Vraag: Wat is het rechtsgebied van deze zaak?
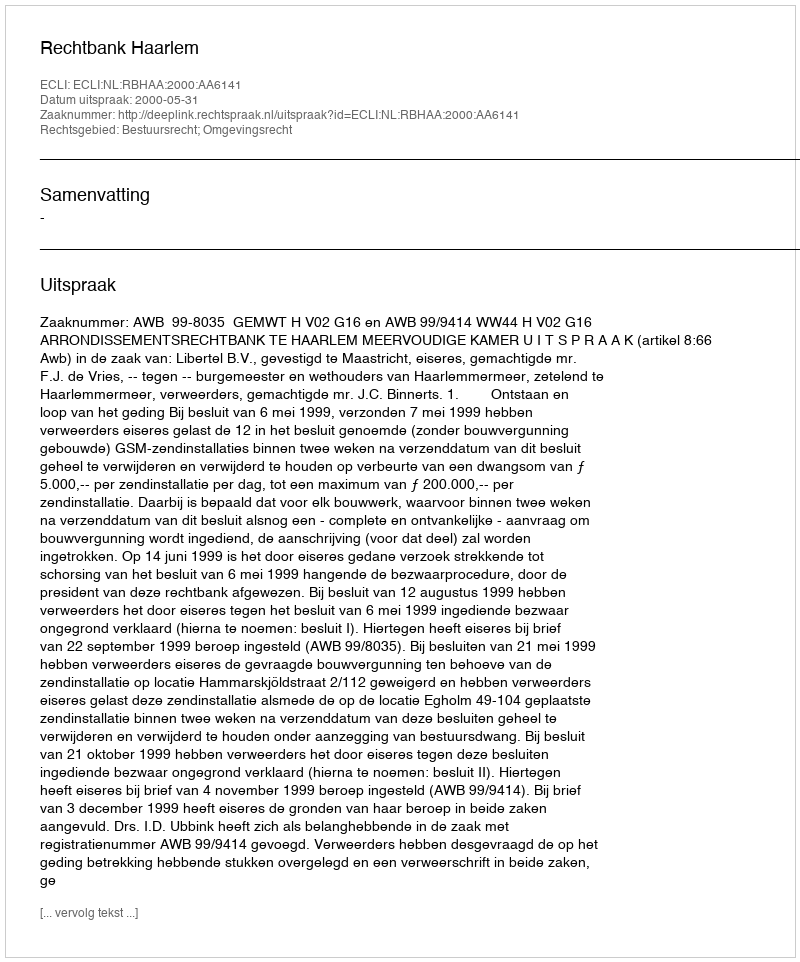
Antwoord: Bestuursrecht; Omgevingsrecht